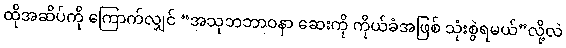
ထိုအဆိပ်ကို ကြောက်လျှင် “အသုဘဘာဝနာ ဆေးကို ကိုယ်ခံအဖြစ် သုံးစွဲရမယ်”လို့လဲ